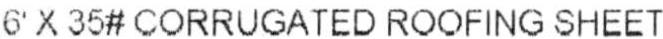
6' X 35# CORRUGATED ROOFING SHEET